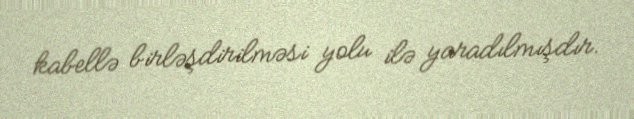
kabellə birləşdirilməsi yolu ilə yaradılmışdır.